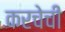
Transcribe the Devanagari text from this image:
करचेची